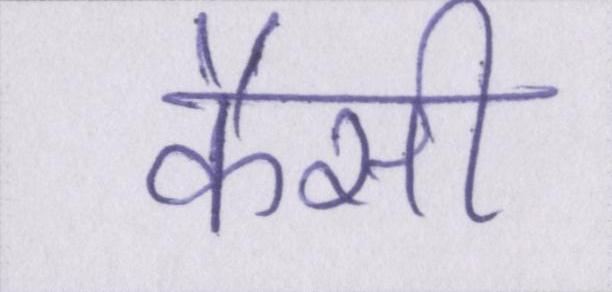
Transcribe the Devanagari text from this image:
कैसी